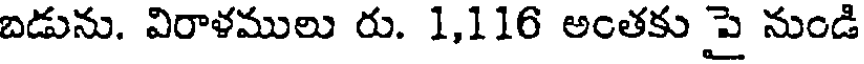
బడును. విరాళములు రు. 1,116 అంతకు పై నుండి